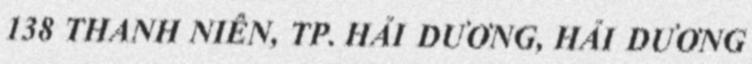
138 THANH NIÊN, TP. HẢI DƯƠNG, HẢI DƯƠNG